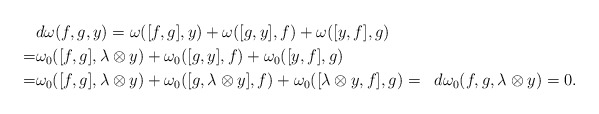
\begin{align*} & d\omega(f,g,y) = \omega([f,g],y) + \omega([g,y],f) + \omega([y,f],g) \\= & \omega_0([f,g],\lambda \otimes y) + \omega_0([g,y], f) + \omega_0([y,f],g)\\= & \omega_0([f,g],\lambda \otimes y) + \omega_0([g, \lambda \otimes y], f) + \omega_0([\lambda \otimes y, f] , g)= & d\omega_0 (f,g,\lambda \otimes y) =0.\end{align*}